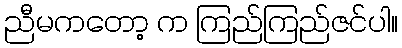
ညီမကတော့ က ကြည်ကြည်ဇင်ပါ။